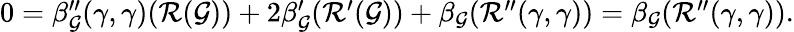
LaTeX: \begin{array}{r}{0=\beta_{\mathcal{G}}^{\prime\prime}(\gamma,\gamma)(\mathcal{R}(\mathcal{G}))+2\beta_{\mathcal{G}}^{\prime}(\mathcal{R}^{\prime}(\mathcal{G}))+\beta_{\mathcal{G}}(\mathcal{R}^{\prime\prime}(\gamma,\gamma))=\beta_{\mathcal{G}}(\mathcal{R}^{\prime\prime}(\gamma,\gamma)).}\end{array}